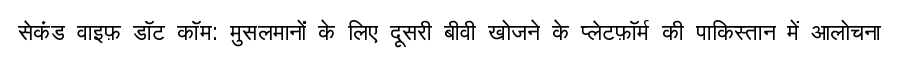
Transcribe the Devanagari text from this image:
सेकंड वाइफ़ डॉट कॉम: मुसलमानों के लिए दूसरी बीवी खोजने के प्लेटफ़ॉर्म की पाकिस्तान में आलोचना